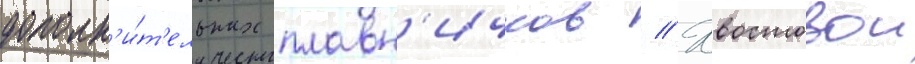
дополн'и́т'ельных плавн'ичков // Хвостовои